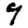
Digit: 9